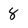
Character: 8